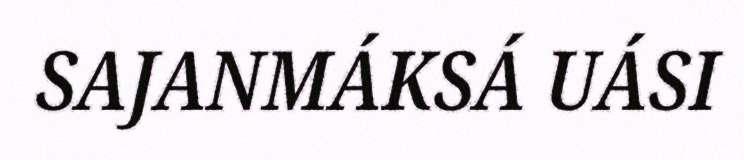
SAJANMÁKSÁ UÁSI